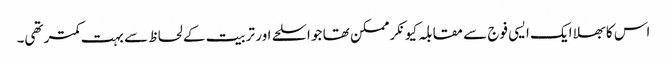
اس کا بھلا ایک ایسی فوج سے مقابلہ کیونکر ممکن تھا جو اسلحے اور تربیت کے لحاظ سے بہت کمتر تھی۔